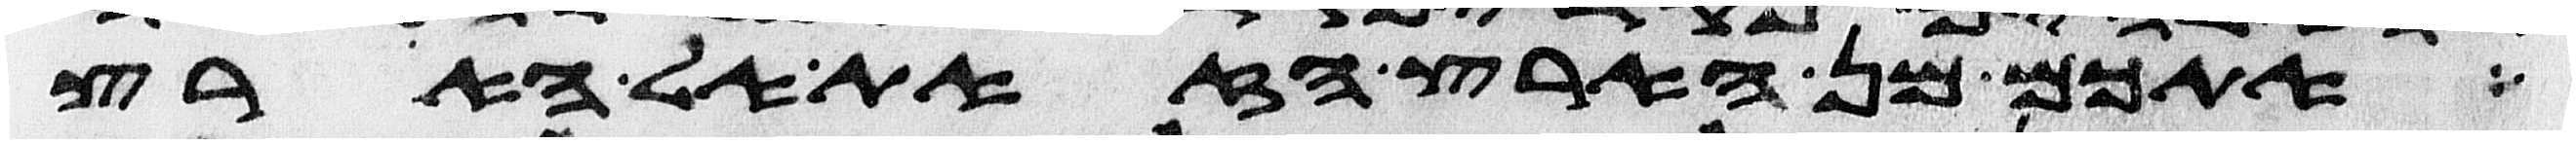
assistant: אתכם מן הארץ הזאת אל הארץ